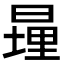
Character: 𪰹